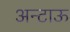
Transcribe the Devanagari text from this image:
अन्टाऊ